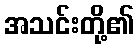
အသင်းတို့၏